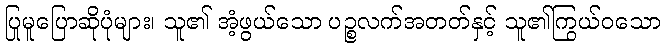
ပြုမူပြောဆိုပုံများ၊ သူ၏ အံ့ဖွယ်သော ပဉ္စလက်အတတ်နှင့် သူ၏ကြွယ်ဝသော